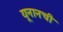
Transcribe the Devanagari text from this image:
यूनानची